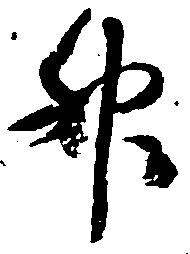
升